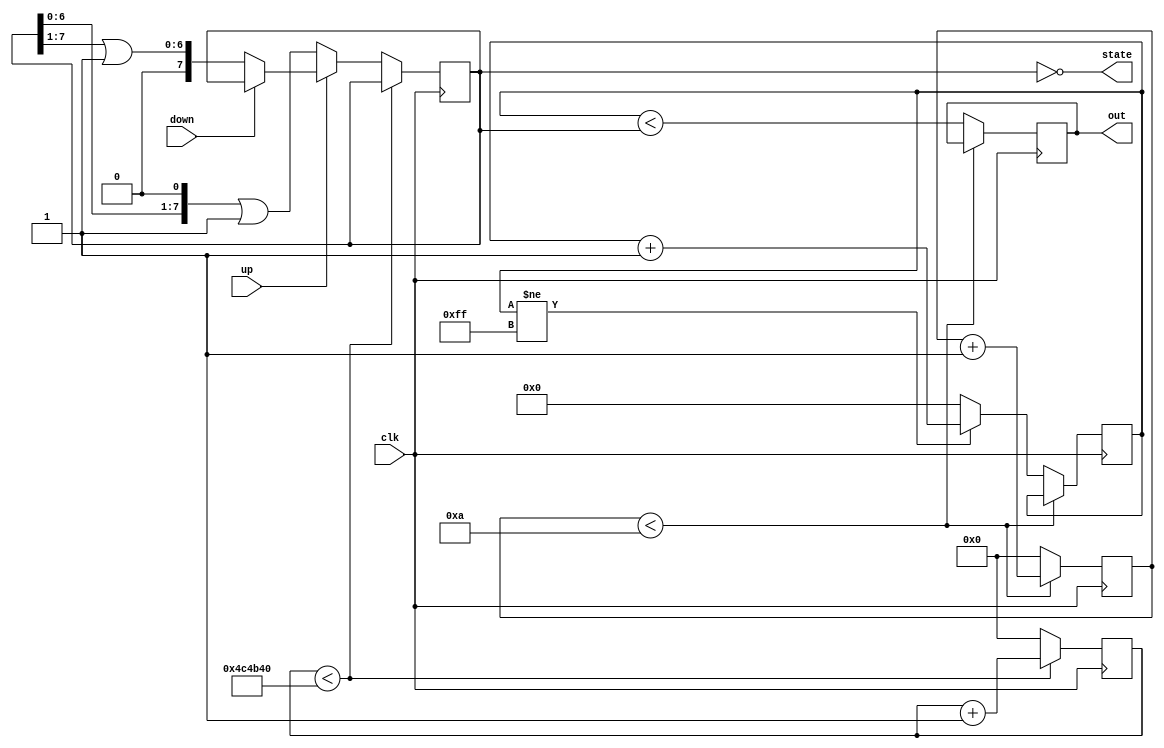
module PWMCtrl(
	clk,
	up, down,
	out, state
);
	parameter CNT = 32'd10;
	parameter KEY = 32'd5000000;
	
	input clk, up, down;
	output out;
	output[7:0] state;
	reg[31:0] cnt, key;
	reg[7:0] tim, value;
	reg out;
	
	initial begin
		cnt <= 32'b0;
		key <= 32'b0;
		tim <= 8'b0;
		value <= 8'b1;
	end
	
	always @(posedge clk) begin
		if (cnt < CNT) cnt <= cnt + 32'b1;
		else begin
			cnt <= 32'b0;
			out <= (tim < value);
			if (tim != 8'hff) tim <= tim + 8'b1;
			else tim <= 8'b0;
		end
	end
	
	always @(posedge clk) begin
		if (key < KEY) key <= key + 32'b1;
		else begin
			key <= 32'b0;
			if (!up) value <= ((value << 1'b1) | 8'b1);
			else if (!down) value <= ((value >> 1'b1) | 8'b1);
		end
	end
	
	assign state = ~value;

endmodule